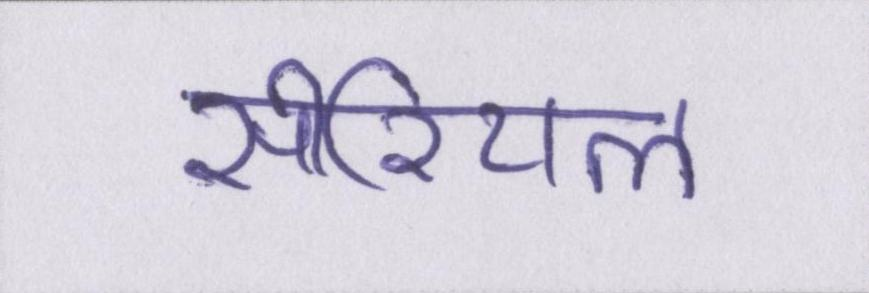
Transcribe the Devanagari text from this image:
सीरियल